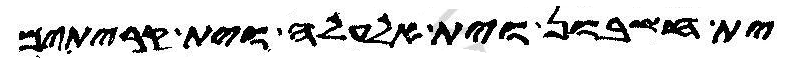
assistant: ית חשבון וית אלעלה וית קריתים